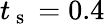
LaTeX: t_{\mathrm{~s~}}=0.4